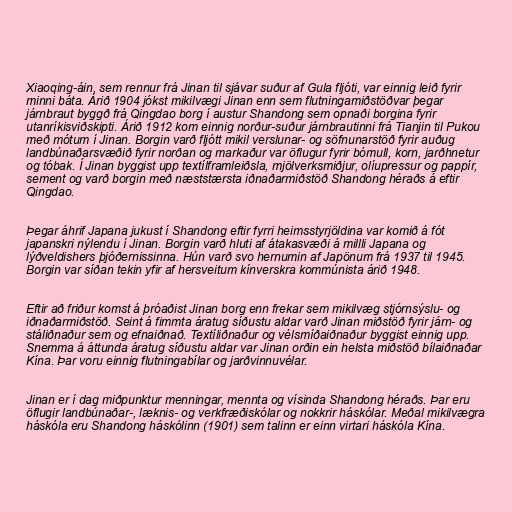
Xiaoqing-áin, sem rennur frá Jinan til sjávar suður af Gula fljóti, var einnig leið fyrir
minni báta. Árið 1904 jókst mikilvægi Jinan enn sem flutningamiðstöðvar þegar
járnbraut byggð frá Qingdao borg í austur Shandong sem opnaði borgina fyrir
utanríkisviðskipti. Árið 1912 kom einnig norður-suður járnbrautinni frá Tianjin til Pukou
með mótum í Jinan. Borgin varð fljótt mikil verslunar- og söfnunarstöð fyrir auðug
landbúnaðarsvæðið fyrir norðan og markaður var öflugur fyrir bómull, korn, jarðhnetur
og tóbak. Í Jinan byggist upp textílframleiðsla, mjölverksmiðjur, olíupressur og pappír,
sement og varð borgin með næststærsta iðnaðarmiðstöð Shandong héraðs á eftir
Qingdao.

Þegar áhrif Japana jukust í Shandong eftir fyrri heimsstyrjöldina var komið á fót
japanskri nýlendu í Jinan. Borgin varð hluti af átakasvæði á millli Japana og
lýðveldishers þjóðernissinna. Hún varð svo hernumin af Japönum frá 1937 til 1945.
Borgin var síðan tekin yfir af hersveitum kínverskra kommúnista árið 1948.

Eftir að friður komst á þróaðist Jinan borg enn frekar sem mikilvæg stjórnsýslu- og
iðnaðarmiðstöð. Seint á fimmta áratug síðustu aldar varð Jinan miðstöð fyrir járn- og
stáliðnaður sem og efnaiðnað. Textíliðnaður og vélsmíðaiðnaður byggist einnig upp.
Snemma á áttunda áratug síðustu aldar var Jinan orðin ein helsta miðstöð bílaiðnaðar
Kína. Þar voru einnig flutningabílar og jarðvinnuvélar.

Jinan er í dag miðpunktur menningar, mennta og vísinda Shandong héraðs. Þar eru
öflugir landbúnaðar-, læknis- og verkfræðiskólar og nokkrir háskólar. Meðal mikilvægra
háskóla eru Shandong háskólinn (1901) sem talinn er einn virtari háskóla Kína.